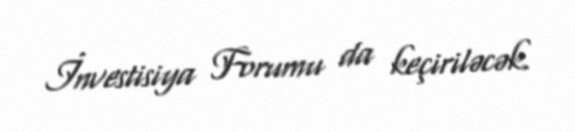
İnvestisiya Forumu da keçiriləcək.